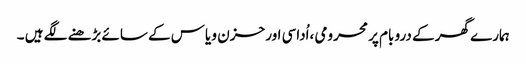
ہمارے گھر کے درو بام پر محرومی ،اُداسی اور حزن و یاس کے سائے بڑھنے لگے ہیں ۔